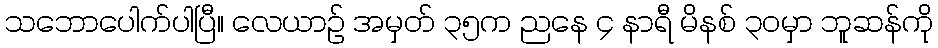
သဘောပေါက်ပါပြီ။ လေယာဉ် အမှတ် ၃၅က ညနေ ၄ နာရီ မိနစ် ၃၀မှာ ဘူဆန်ကို